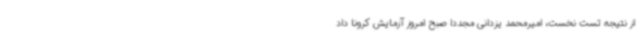
از نتیجه تست نخست، امیرمحمد یزدانی مجددا صبح امروز آزمایش کرونا داد